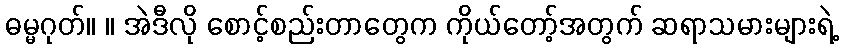
ဓမ္မဂုတ်။ ။ အဲဒီလို စောင့်စည်းတာတွေက ကိုယ်တော့်အတွက် ဆရာသမားများရဲ့